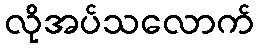
လိုအပ်သလောက်